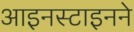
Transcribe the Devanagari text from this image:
आइनस्टाइनने